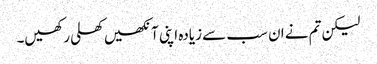
لیکن تم نے ان سب سے زیادہ اپنی آنکھیں کھلی رکھیں۔